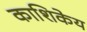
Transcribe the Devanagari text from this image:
काशिकेय